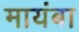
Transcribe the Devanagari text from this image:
मायंबा